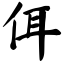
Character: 佴